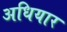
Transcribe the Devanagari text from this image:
अधियार